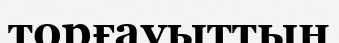
торғауыттың